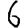
Digit: 6